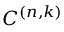
C ^ { ( n , k ) }